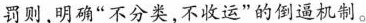
罚则,明确“不分类,不收运”的倒逼机制。